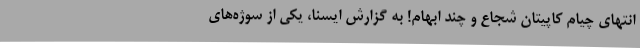
انتهای چیام کاپیتان شجاع و چند ابهام! به گزارش ایسنا، یکی از سوژه‌های